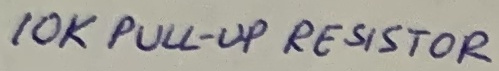
Text: 10K PULL-UP RESISTOR